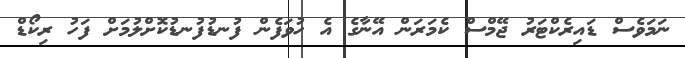
ނަމަވެސް ޑައިރެކްޓަރު ޖޭމްސް ކެމަރަން އޭނާގެ އެ ހުވަފެން ފުނޑުފުނޑުކޮށްލުމަށް ފަހު ރިކޯޑް